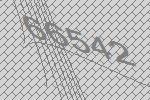
66542